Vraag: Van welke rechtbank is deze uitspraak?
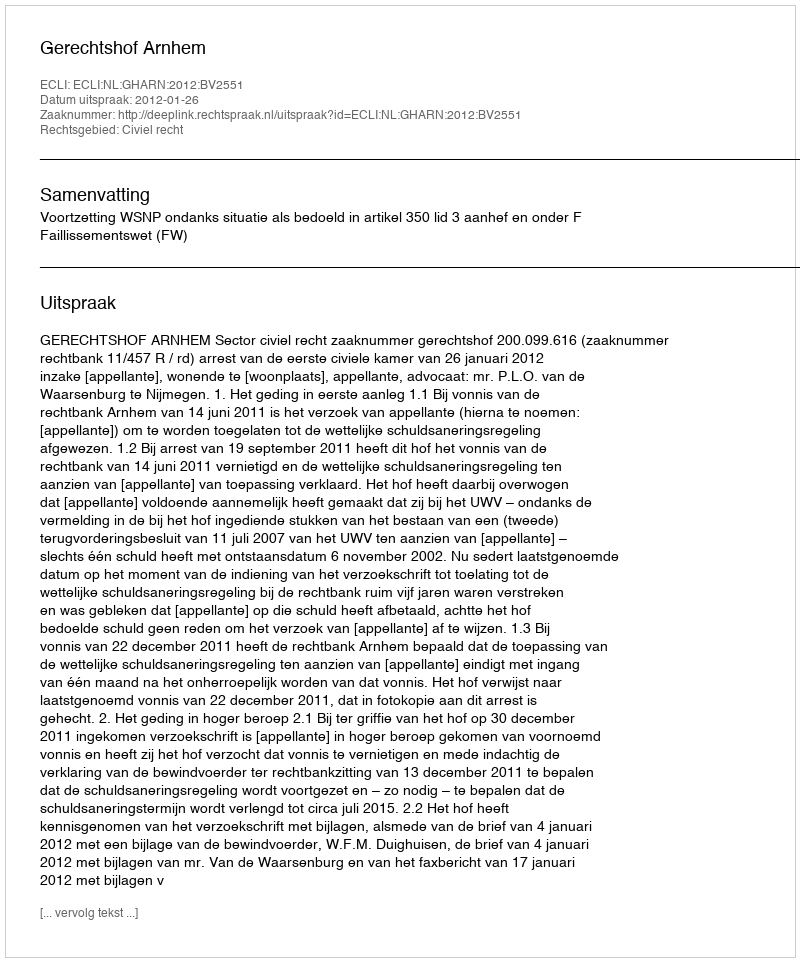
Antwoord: Gerechtshof Arnhem